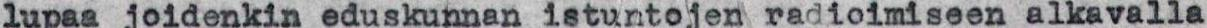
lupaa joidenkin eduskunnan istuntojen radioimiseen alkavalla